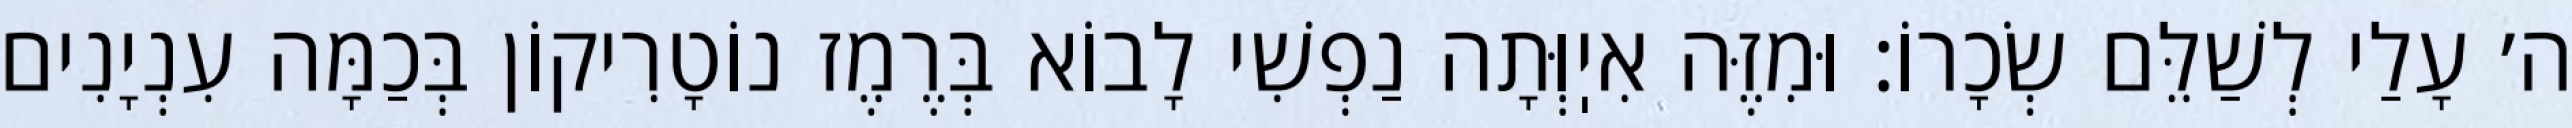
ה׳ עָלַי לְשַׁלֵּם שְׂכָרוֹ: וּמִזֶּה אִיֽוְּתָה נַפְשִׁי לָבוֹא בְּרֶמֶז נוֹטָרִיקוֹן בְּכַמָּה עִנְיָנִים